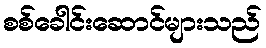
စစ်ခေါင်းဆောင်များသည်